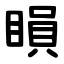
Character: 䁚